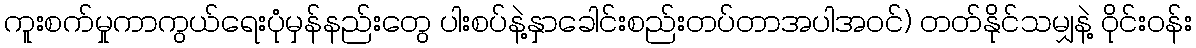
ကူးစက်မှုကာကွယ်ရေးပုံမှန်နည်းတွေ ပါးစပ်နဲ့နှာခေါင်းစည်းတပ်တာအပါအဝင်) တတ်နိုင်သမျှနဲ့ ဝိုင်းဝန်း